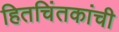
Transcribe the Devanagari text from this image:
हितचिंतकांची